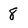
Character: 8